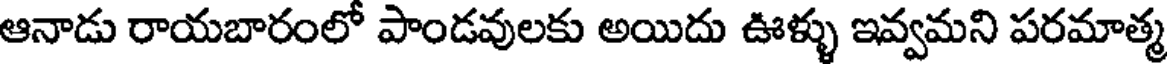
ఆనాడు రాయబారంలో పాండవులకు అయిదు ఊళ్ళు ఇవ్వమని పరమాత్మ